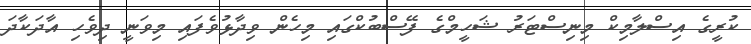
ކުރީގެ އިސްލާމިކް މިނިސްޓަރު ޝަހީމްގެ ފޭސްބުކްގައި މިހެން ވިދާޅުވެފައި މިވަނީ ދިވެހި އާދަކާދަ